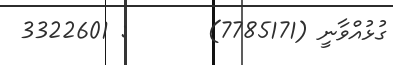
ގުޅުއްވާނީ (7785171)       : 3322601